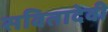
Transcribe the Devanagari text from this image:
सवितादेवी